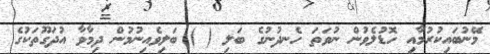
މޭނުބައިކުރުމާއި ހޮޑުލެވުން ނުވަތަ ހެނދުނުގެ ބަލި ( ) ބަލިވެއިނުމުން ދިމާވާ އުދަގޫތަކުގެ